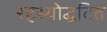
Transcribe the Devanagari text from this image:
रहस्योद्घटित